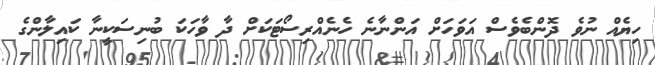
ހިޔެއް ނުވެ ދޮންބެވެސް އަވަހަށް އަންނާނެ ހެނެއްރިސޯޓަކަށް ދާ ވާހަކަ ބުނިސަކީނާ ކައިލާންގެ